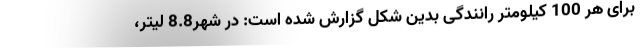
برای هر 100 کیلومتر رانندگی بدین شکل گزارش شده است: در شهر8.8 لیتر،